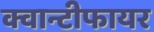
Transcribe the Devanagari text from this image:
क्वान्टीफायर